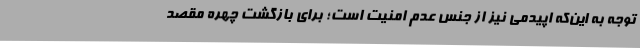
توجه به این‌که اپیدمی نیز از جنس عدم امنیت است؛ برای بازگشت چهره مقصد